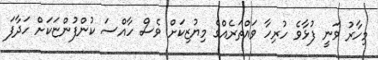
މިހާރު ވަނީ ފުޅާވެ ހުރިހާ ވައްތަރެއްގެ މިޔުޒިކަށް ވެސް ހާއްސަ ކުންފުންޏަކަށް ހަދާފަ